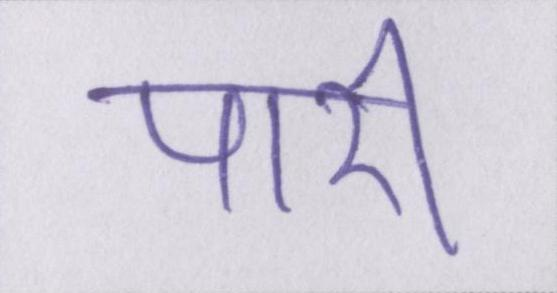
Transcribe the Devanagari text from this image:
पारी